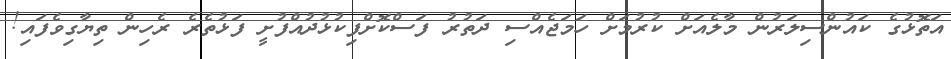
އަތޮޅުގެ ކައުންސިލަރުން މާލެއަށް ކުރުމަށް ހަމަޖެއްސި ދަތުރު ފަސްކޮށްފިކުޅުދުއްފުށީ ފަޅުތެރެ ރެހިން ތިޔާގިވެފައި!